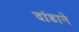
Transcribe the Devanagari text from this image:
दांडाने